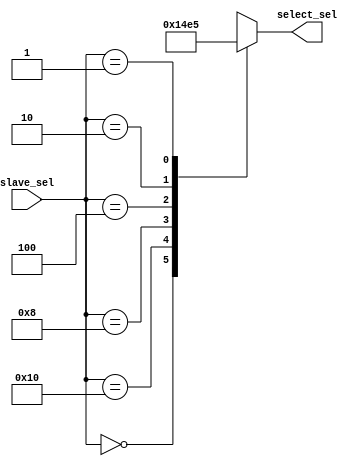
module bus_seltosel(slave_sel, select_sel);
	input[4:0] slave_sel;
	output reg[2:0] select_sel;

	always @ (slave_sel)
		begin
			case(slave_sel)
				(5'b00000) : select_sel = 3'b000; //no slave selected
				(5'b10000) : select_sel = 3'b001; //s0 selected
				(5'b01000) : select_sel = 3'b010; //s1 selected
				(5'b00100) : select_sel = 3'b011; //s2 selected
				(5'b00010) : select_sel = 3'b100; //s3 selected
				(5'b00001) : select_sel = 3'b101; //s4 selected
				default : select_sel = 3'bxxx; //wrong encoding (error)
			endcase 
		end
endmodule